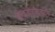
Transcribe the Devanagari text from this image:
शहाजीराजांबरोबर